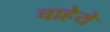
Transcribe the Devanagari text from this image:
चाहेये